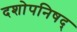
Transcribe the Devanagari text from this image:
दशोपनिषद्